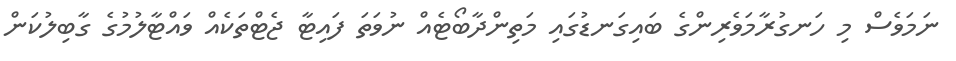
ނަމަވެސް މި ހަނގުރާމަވެރިންގެ ބައިގަނޑުގައި މަތިންދާބޯޓެއް ނުވަތަ ފައިޓާ ޖެޓްތަކެއް ވައްޓާލުމުގެ ގާބިލުކަން